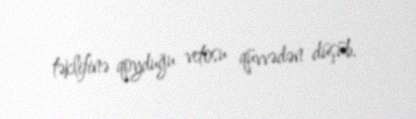
təklifinə qoyduğu vetosu qüvvədən düşüb.